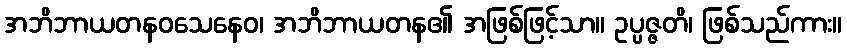
အဘိဘာယတနဝသေနေဝ၊ အဘိဘာယတန၏ အဖြစ်ဖြင့်သာ။ ဥပ္ပဇ္ဇတိ၊ ဖြစ်သည်ကား။